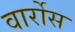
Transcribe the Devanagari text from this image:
वार्रोस